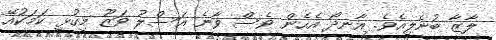
ލާޒާ ބުނެލިއެވެ. އާނދޯ އެހެން ވެސް ވާނެ އަސްލު ވަޒޫ މިގުޅީ ކަމަކުއޭ